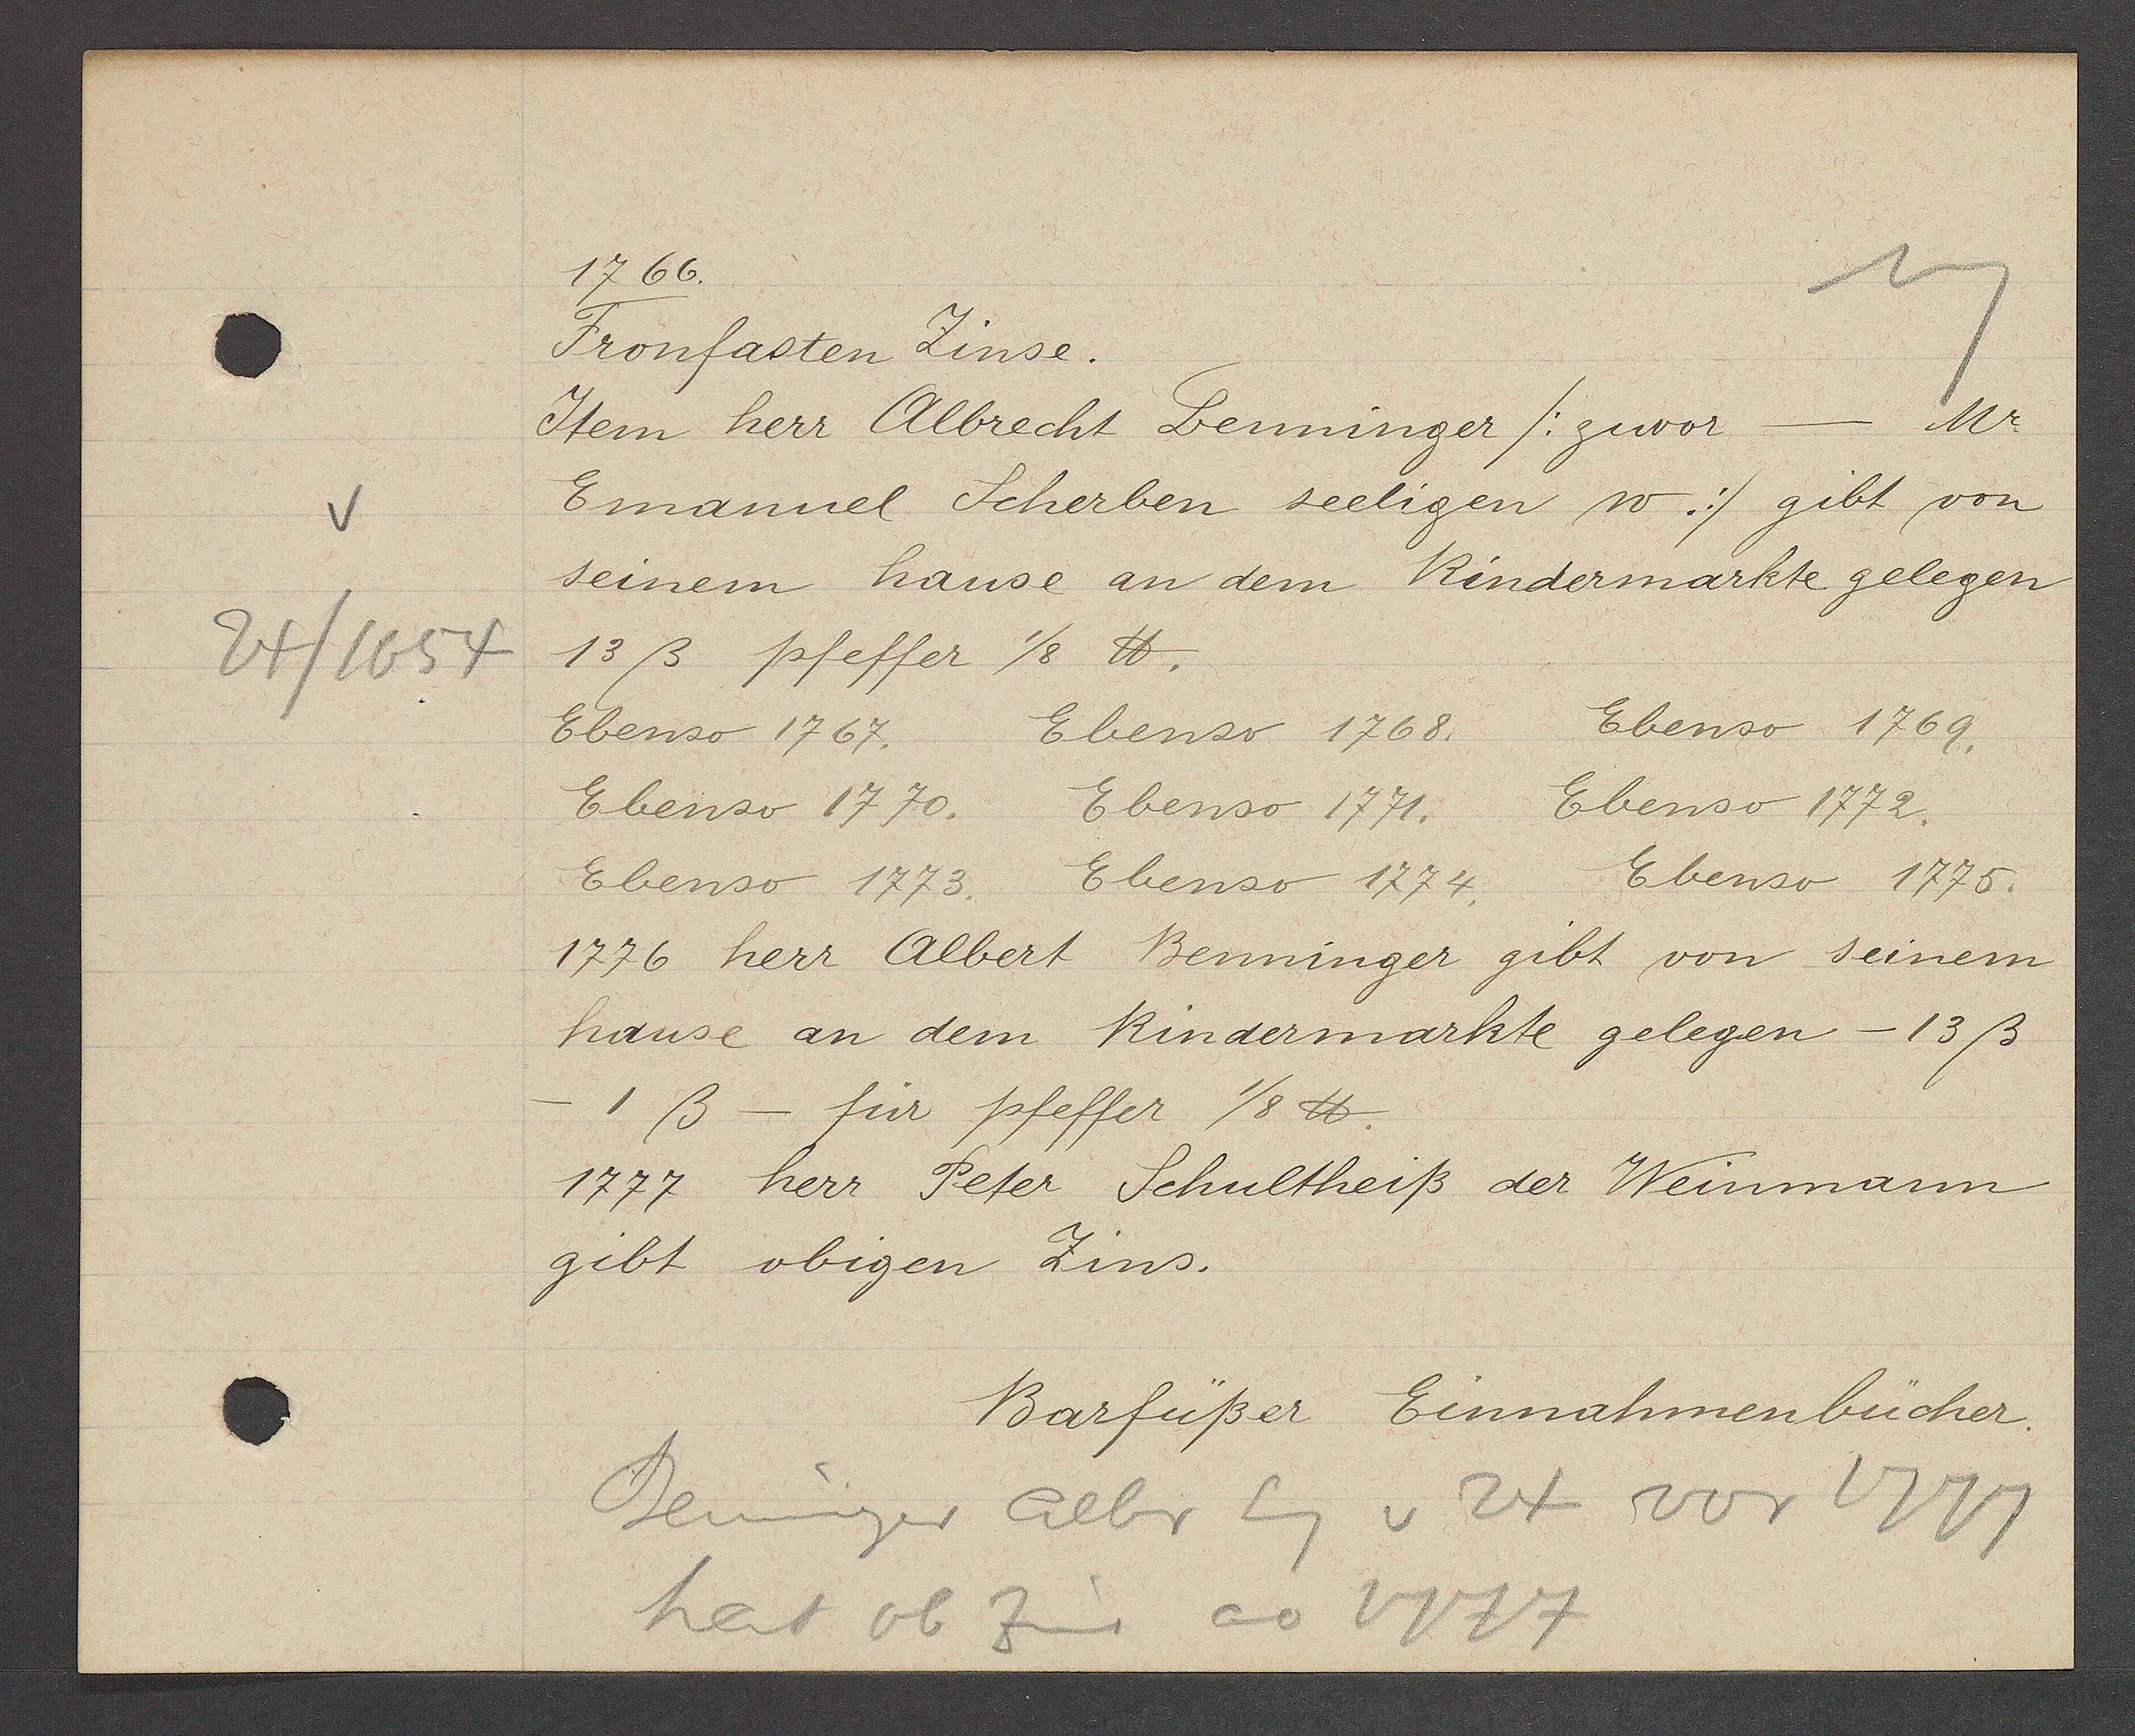
Transcript:
24/1654

1766.

Fronfasten Zinse.
Item herr Albrecht benninger /: zuvor - Mr.
Emanuel Scherben seeligen w.:/ gibt von
seinem hause an dem Rindermarkte gelegen
13ß pfeffer 1/8 ℔.
Ebenso 1767.
Ebenso 1768.
Ebenso 1769.
Ebenso 1770.
Ebenso 1771.
Ebenso 1772.
Ebenso 1773. Ebenso 1774.
Ebenso 1775.
1776 herr Albert Benninger gibt von seinem
hause an dem Rindermarkte gelegen - 13ß
-1ß - für pfeffer 1/8 ℔.
1777 herr Peter Schultheiss der Weinmann
gibt obigen Zins.

Barfüßer Einnahmenbücher.

Benninger albr Eg v 24 vor 1777
hat ob
Zins
ao 1777